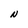
Character: N